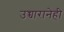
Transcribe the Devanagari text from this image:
उच्चारानेही